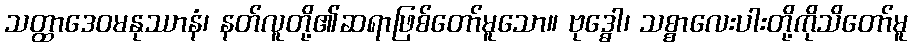
သတ္ထာဒေဝမနုဿာနံ၊ နတ်လူတို့၏ဆရာဖြစ်တော်မူသော။ ဗုဒ္ဓေါ၊ သစ္စာလေးပါးတို့ကိုသိတော်မူ